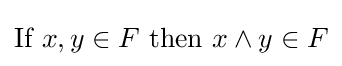
{\mbox{If }}x,y\in F{\mbox{ then }}x\land y\in F